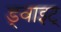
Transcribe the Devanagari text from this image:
ड्वाइट्